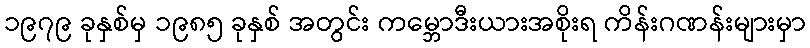
၁၉၇၉ ခုနှစ်မှ ၁၉၈၅ ခုနှစ် အတွင်း ကမ္ဘောဒီးယားအစိုးရ ကိန်းဂဏန်းများမှာ